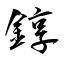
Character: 錞